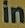
in